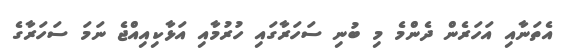
އެތަނާއި އަހަރެން ދެންމެ މި ބުނި ސަހަރާގައި ހުރުމާއި އަޅާކިއިއްޖެ ނަމަ ސަހަރާގެ